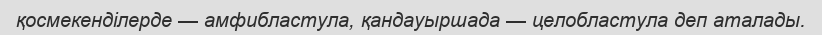
қосмекенділерде — амфибластула, қандауыршада — целобластула деп аталады.